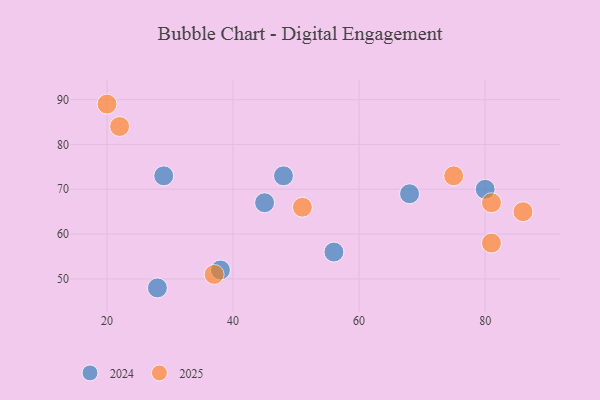
{"axis": {"x": "GDP", "y": "Life Expectancy"}, "legend": ["2024", "2025"], "data": [{"x": "81", "y": 58, "type": "2025"}, {"x": "20", "y": 89, "type": "2025"}, {"x": "51", "y": 66, "type": "2025"}, {"x": "75", "y": 73, "type": "2025"}, {"x": "86", "y": 65, "type": "2025"}, {"x": "22", "y": 84, "type": "2025"}, {"x": "37", "y": 51, "type": "2025"}, {"x": "81", "y": 67, "type": "2025"}, {"x": "29", "y": 73, "type": "2024"}, {"x": "56", "y": 56, "type": "2024"}, {"x": "38", "y": 52, "type": "2024"}, {"x": "45", "y": 67, "type": "2024"}, {"x": "48", "y": 73, "type": "2024"}, {"x": "80", "y": 70, "type": "2024"}, {"x": "68", "y": 69, "type": "2024"}, {"x": "28", "y": 48, "type": "2024"}]}